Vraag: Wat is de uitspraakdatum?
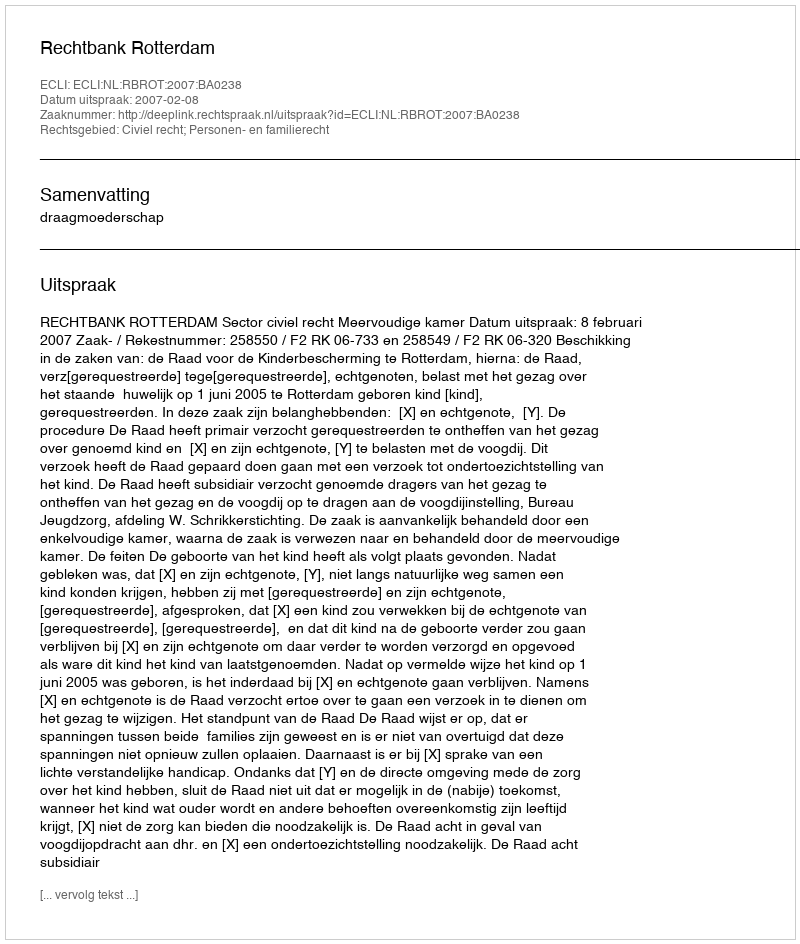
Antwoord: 2007-02-08